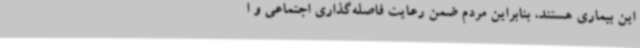
این بیماری هستند، بنابراین مردم ضمن رعایت فاصله‌گذاری اجتماعی و ا